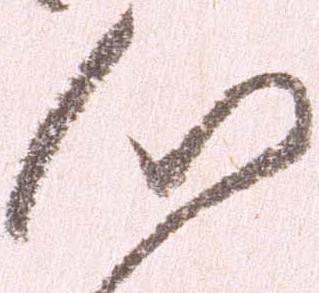
心